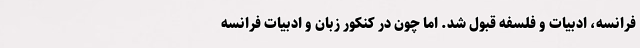
فرانسه، ادبیات و فلسفه قبول شد. اما چون در کنکور زبان و ادبیات فرانسه